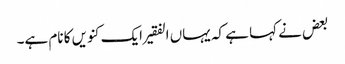
بعض نے کہا ہے کہ یہاں الفقیر ایک کنویں کا نام ہے۔